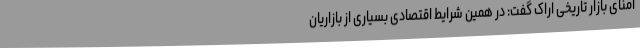
امنای بازار تاریخی اراک گفت: در همین شرایط اقتصادی بسیاری از بازاریان